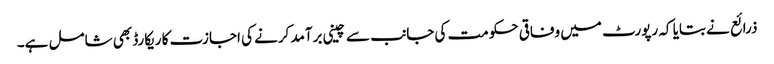
ذرائع نے بتایا کہ رپورٹ میں وفاقی حکومت کی جانب سے چینی برآمد کرنے کی اجازت کا ریکارڈ بھی شامل ہے۔